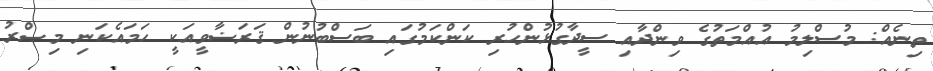
ތިނެއް: މުސްލިމު އުއްމަތުގެ ވިންދާއި ސީދާގުޅުންހުރި ކަންކަމުގައި ބަސްބުނުން ޤަރަޟާވީއަކީ ހަމައެކަނި މިޞްރު